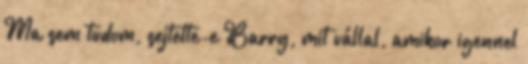
Ma sem tudom, sejtette-e Barry, mit vállal, amikor igennel